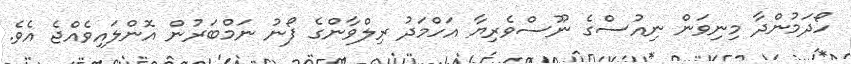
ހޯދަމުންދާ މިނިވަން ނިއުސްގެ ނޫސްވެރިޔާ އަހްމަދު ރިލްވާންގެ ފޯނު ނަމްބަރުން އޮންލައިވެއްޖެ އެވެ.